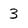
Character: 3